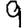
Digit: 9